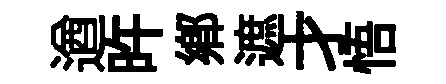
遒旿鄉遮才悟